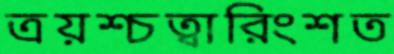
ত্রয়শ্চত্বারিংশত